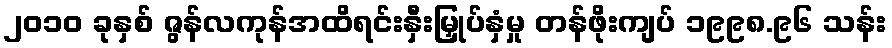
၂၀၁၀ ခုနှစ် ဇွန်လကုန်အထိရင်းနှီးမြှုပ်နှံမှု တန်ဖိုးကျပ် ၁၉၉၈.၉၆ သန်း